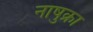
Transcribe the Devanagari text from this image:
नाषुक्रा